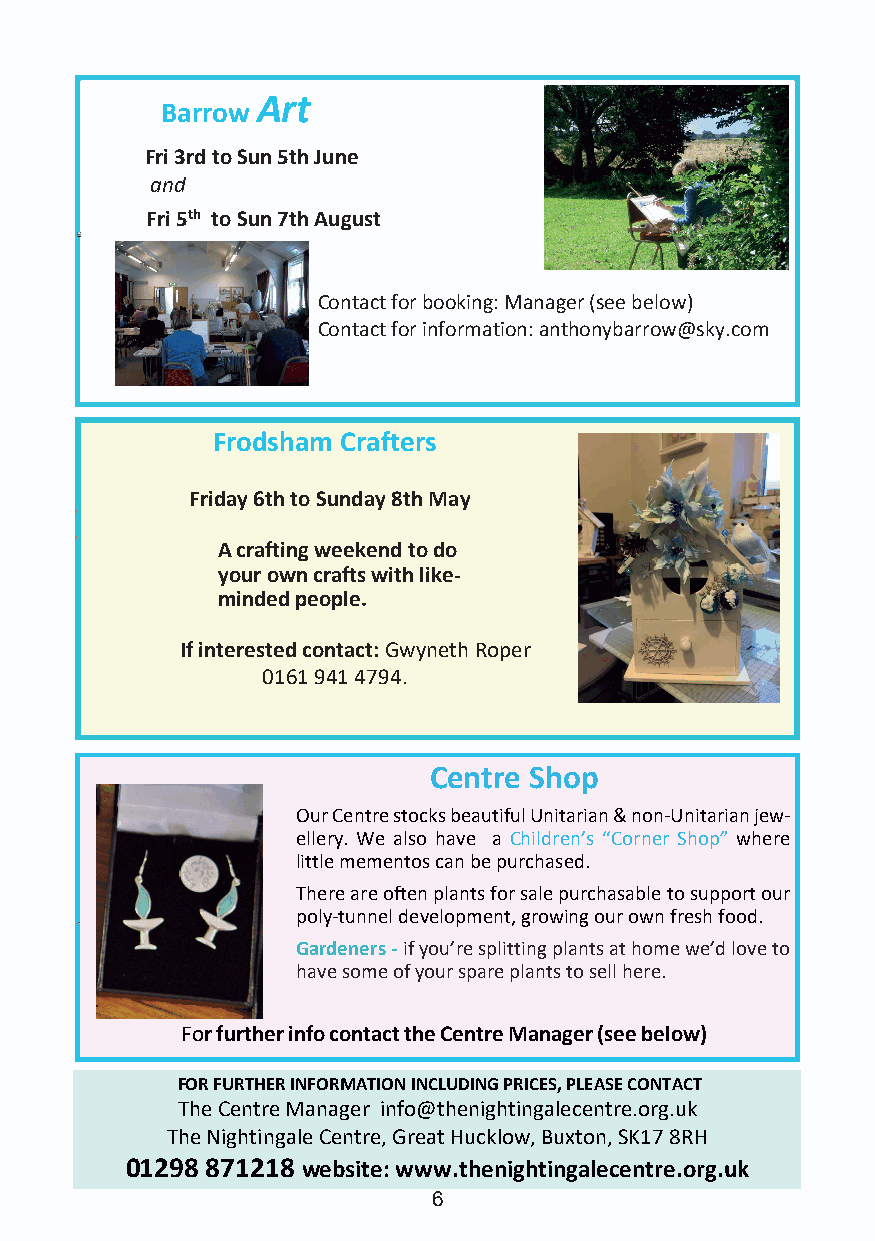
Art
 Barrow
 Fri 3rd to Sun 5th June
 and
 Fri 5th to Sun 7th August
 Contact for booking: Manager (see below)
 Contact for information: anthonybarrow@sky.com
 Frodsham Crafters
 Friday 6th to Sunday 8th May
 A crafting weekend to do
 your own crafts with like-
 minded people.
 If interested contact:Gwyneth Roper
 0161 941 4794.
 Centre Shop
 Our Centre stocks beautiful Unitarian & non-Unitarian jew-
 ellery. We also have a Children’s “Corner Shop” where
 little mementos can be purchased.
 There are often plants for sale purchasable to support our
 poly-tunnel development, growing our own fresh food.
 Gardeners -if you’re splitting plants at home we’d love to
 have some of your spare plants to sell here.
 .
 For further info contact the Centre Manager (see below)
 FOR FURTHER INFORMATION INCLUDING PRICES, PLEASE CONTACT
 The Centre Manager info@thenightingalecentre.org.uk
 The Nightingale Centre, Great Hucklow, Buxton, SK17 8RH
 01298 871218 website: www.thenightingalecentre.org.uk
 6